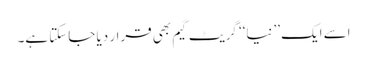
اسے ایک ’’نیا‘‘ گریٹ گیم بھی قرار دیا جاسکتا ہے۔